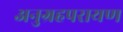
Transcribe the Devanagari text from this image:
अनुग्रहपरायण